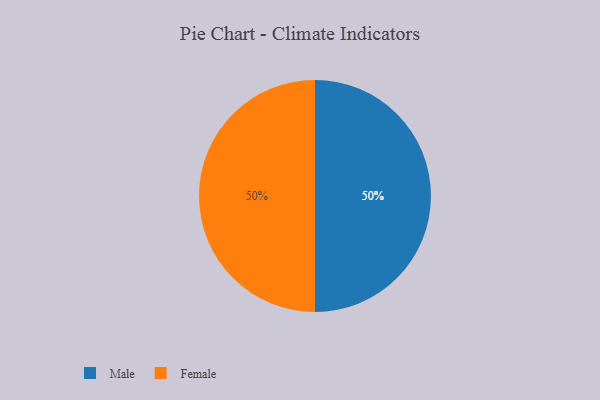
{"axis": {"x": "Category", "y": "Percentage"}, "legend": ["Female", "Male"], "data": [{"x": "Male", "y": 50, "type": "Male"}, {"x": "Female", "y": 50, "type": "Female"}]}